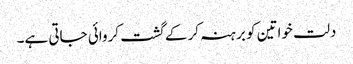
دلت خواتین کو برہنہ کر کے گشت کروائی جاتی ہے۔